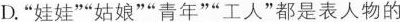
D.”娃娃””姑娘””青年””工人”都是表人物的